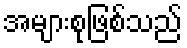
အများစုဖြစ်သည်